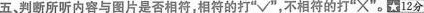
五、判断所听内容与图片是否相符，相符的打”√”，不相符的打”×”。☆l2分